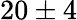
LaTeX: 20\pm 4